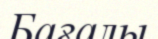
Бағалы